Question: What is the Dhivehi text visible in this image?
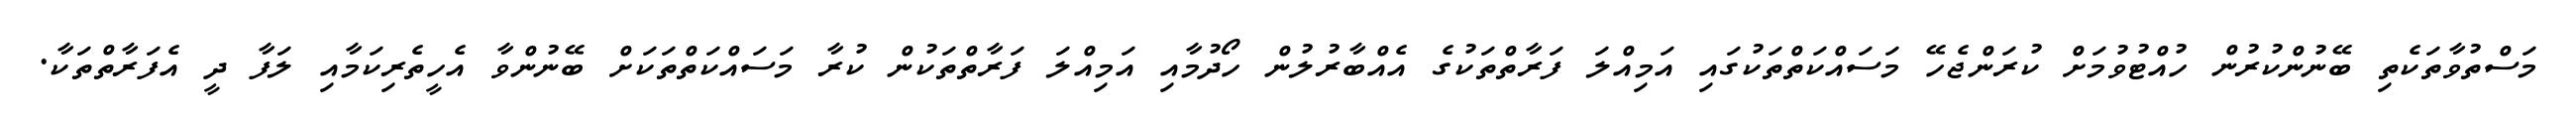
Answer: މަސްތުވާތަކެތި ބޭނުންކުރުން ހުއްޓުވުމަށް ކުރަންޖެހޭ މަސައްކަތްތަކުގައި އަމިއްލަ ފަރާތްތަކުގެ އެއްބާރުލުން ހޯދުމާއި އަމިއްލަ ފަރާތްތަކުން ކުރާ މަސައްކަތްތަކަށް ބޭނުންވާ އެހީތެރިކަމާއި ލަފާ ދީ އެފަރާތްތަކާ.